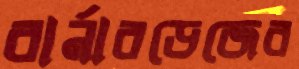
বার্নারডেজের